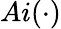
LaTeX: Ai({\cdot})